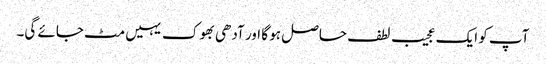
آپ کو ایک عجیب لطف حاصل ہو گا اور آدھی بھوک یہیں مٹ جائے گی۔